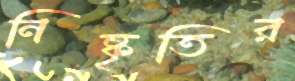
নিষ্কৃতির